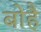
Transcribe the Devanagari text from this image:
बोहै